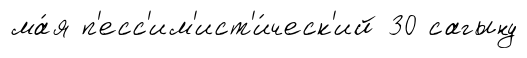
ма́я п'есс'им'ист'и́ческ'ий 30 сагыну